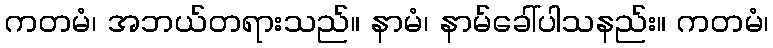
ကတမံ၊ အဘယ်တရားသည်။ နာမံ၊ နာမ်ခေါ်ပါသနည်း။ ကတမံ၊